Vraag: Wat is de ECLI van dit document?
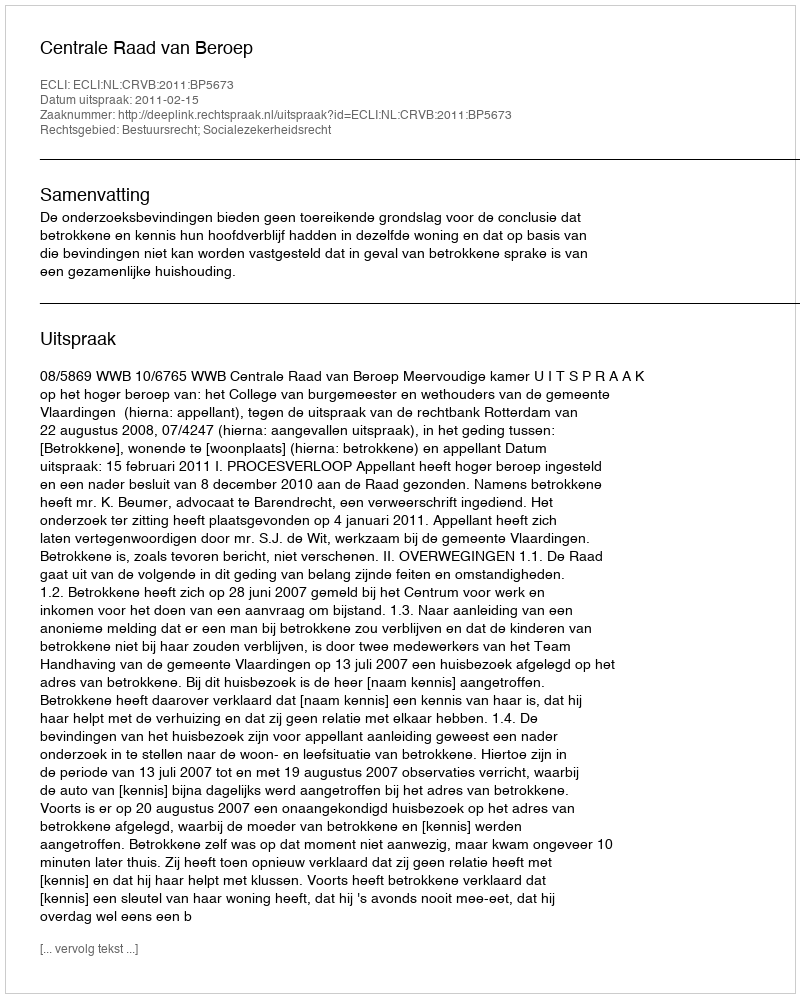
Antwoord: ECLI:NL:CRVB:2011:BP5673